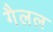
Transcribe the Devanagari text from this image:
गैलल